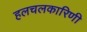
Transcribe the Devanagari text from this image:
हलचलकारिणी